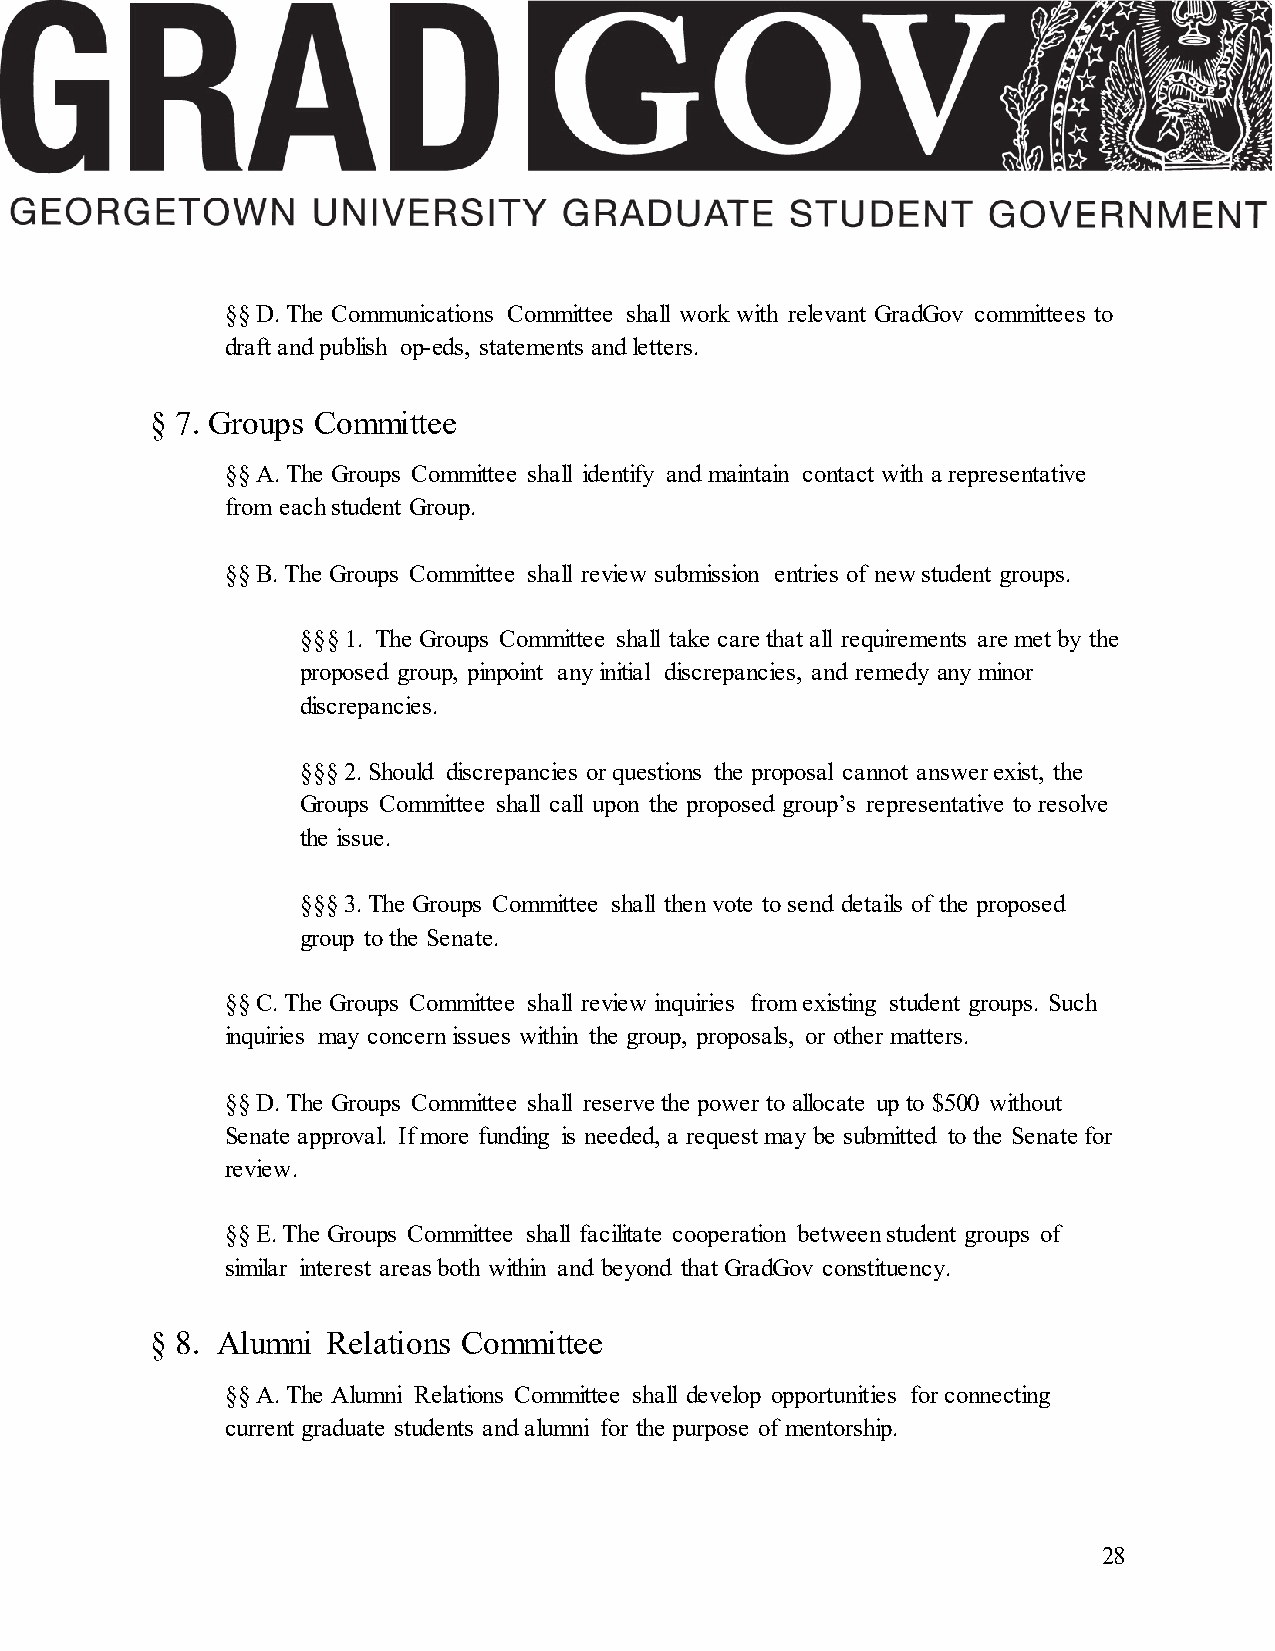
§§ D. The Communications Committee shall work with relevant GradGov committees to
 draft and publish op-eds, statements and letters.
 § 7. Groups Committee
 §§ A. The Groups Committee shall identify and maintain contact with a representative
 from each student Group.
 §§ B. The Groups Committee shall review submission entries of new student groups.
 §§§ 1. The Groups Committee shall take care that all requirements are met by the
 proposed group, pinpoint any initial discrepancies, and remedy any minor
 discrepancies.
 §§§ 2. Should discrepancies or questions the proposal cannot answer exist, the
 Groups Committee shall call upon the proposed group’s representative to resolve
 the issue.
 §§§ 3. The Groups Committee shall then vote to send details of the proposed
 group to the Senate.
 §§ C. The Groups Committee shall review inquiries from existing student groups. Such
 inquiries may concern issues within the group, proposals, or other matters.
 §§ D. The Groups Committee shall reserve the power to allocate up to $500 without
 Senate approval. If more funding is needed, a request may be submitted to the Senate for
 review.
 §§ E. The Groups Committee shall facilitate cooperation between student groups of
 similar interest areas both within and beyond that GradGov constituency.
 § 8. Alumni Relations Committee
 §§ A. The Alumni Relations Committee shall develop opportunities for connecting
 current graduate students and alumni for the purpose of mentorship.
 28